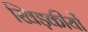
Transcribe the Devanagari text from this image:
खिड़कीयों